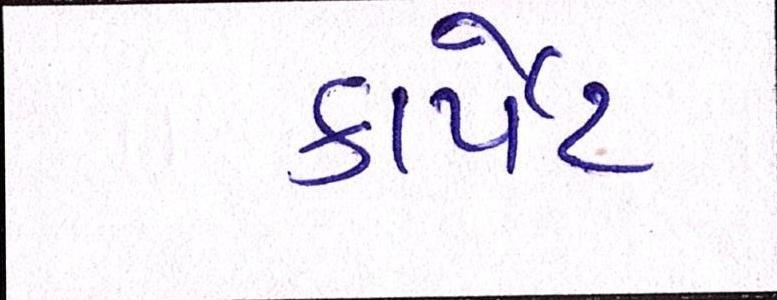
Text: કાર્પેટ